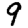
Digit: 9